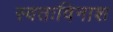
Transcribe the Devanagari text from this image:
स्वतःविनाश